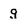
Character: g